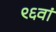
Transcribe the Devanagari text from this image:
९६वां